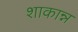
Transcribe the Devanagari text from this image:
शाकान्न